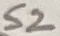
Text: S2